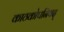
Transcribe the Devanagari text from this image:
काठकोपनिषद्